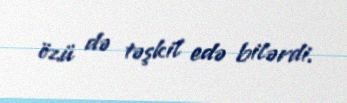
özü də təşkil edə bilərdi.